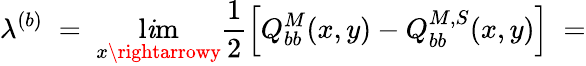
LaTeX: \lambda^{(b)}\; =\; \operatorname*{l\mathit{i}m}_{x\rightarrowy}\frac{{1}}{{2}}\left[Q_{bb}^{M}(x,y)-Q_{bb}^{M,S}(x,y)\right]\; =